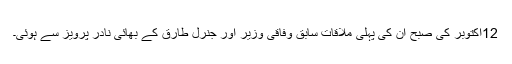
12اکتوبر کی صبح ان کی پہلی ملاقات سابق وفاقی وزیر اور جنرل طارق کے بھائی نادر پرویز سے ہوئی۔